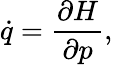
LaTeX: {\dot{q}}={\frac{\partial H}{\partial p}},